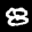
Label: 8